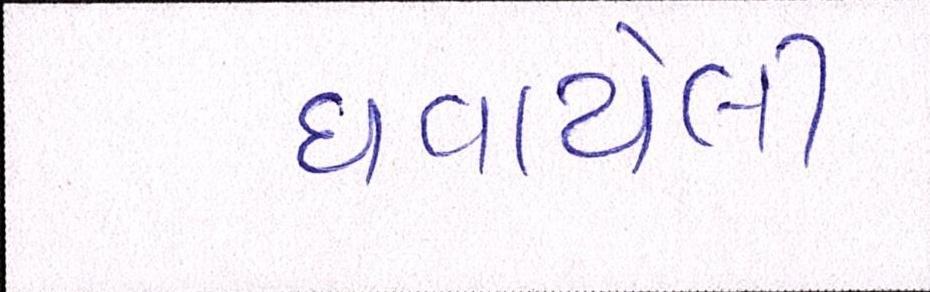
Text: ઘવાયેલી